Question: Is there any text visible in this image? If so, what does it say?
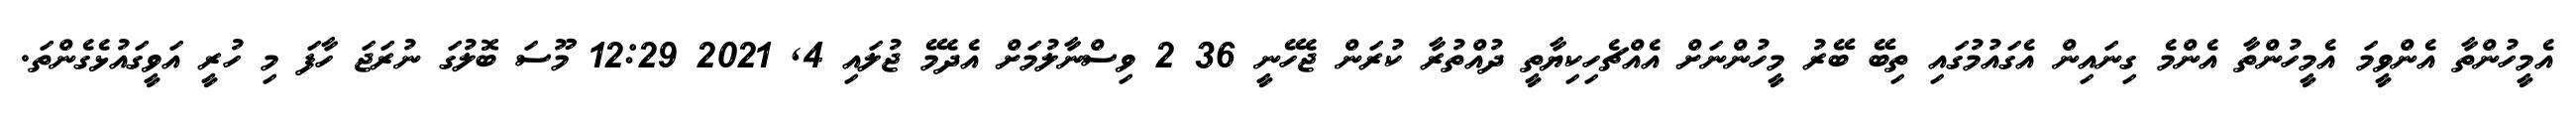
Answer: އެމީހުންތާ އެންވީމަ އެމީހުންތާ އެންމެ ގިނައިން އެގައުމުގައި ތިބޭ ބޭރު މީހުންނަށް އެއްޗެހިކިޔާތީ ދުއްތުރާ ކުރަން ޖެހޭނީ 36 2 ވިސްނާލުމަށް އެދެމޭ ޖުލައި 4, 2021 12:29 މޫސަ ބޮލުގަ ނުރަޖަ ހާފަ މި ހުރީ އަވީގައުޅެގެންތަ.